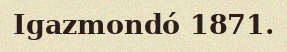
Igazmondó 1871.